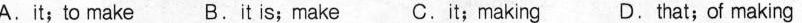
A.it;to make B.it is; make C.it;making D.that; of making